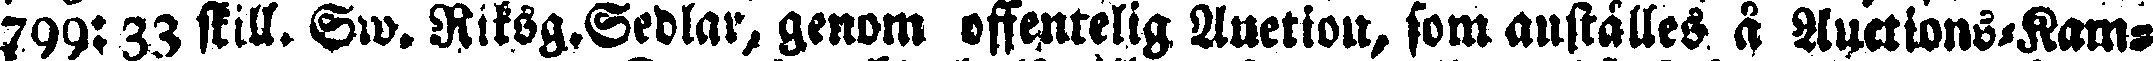
799: 33 skill. Ew. Riksg.Sedlar, genom offentelig Auction, som anställes å Auctions-Ram-